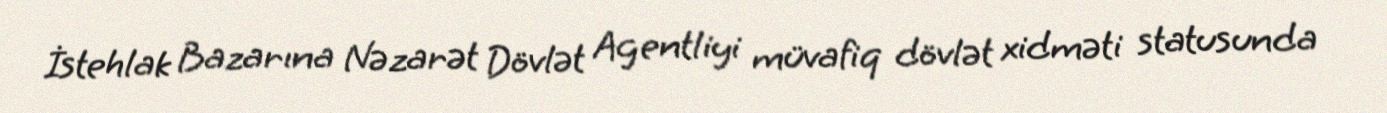
İstehlak Bazarına Nəzarət Dövlət Agentliyi müvafiq dövlət xidməti statusunda